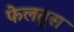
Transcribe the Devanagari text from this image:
फेलतुस